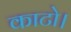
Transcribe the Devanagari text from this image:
काटो।